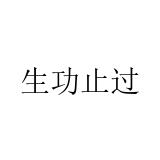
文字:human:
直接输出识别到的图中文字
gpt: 生功止过